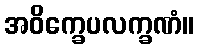
အဝိက္ခေပလက္ခဏံ။